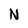
Character: N